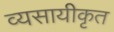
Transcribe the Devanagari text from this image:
व्यसायीकृत